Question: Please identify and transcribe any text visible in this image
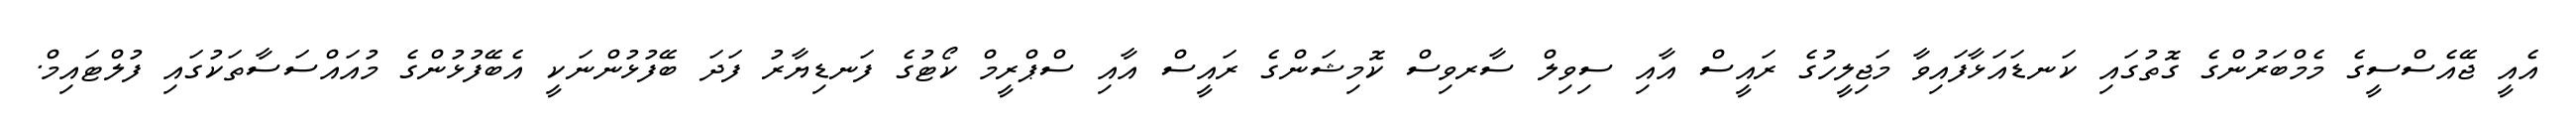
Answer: އެއީ ޖޭއެސްސީގެ މެމްބަރުންގެ ގޮތުގައި ކަނޑައަޅާފައިވާ މަޖިލީހުގެ ރައީސް އާއި ސިވިލް ސާރވިސް ކޮމިޝަންގެ ރައީސް އާއި ސްޕްރީމް ކޯޓުގެ ފަނޑިޔާރު ފަދަ ބޭފުޅުންނަކީ އެބޭފުޅުންގެ މުއައްސަސާތަކުގައި ފުލްޓައިމް.